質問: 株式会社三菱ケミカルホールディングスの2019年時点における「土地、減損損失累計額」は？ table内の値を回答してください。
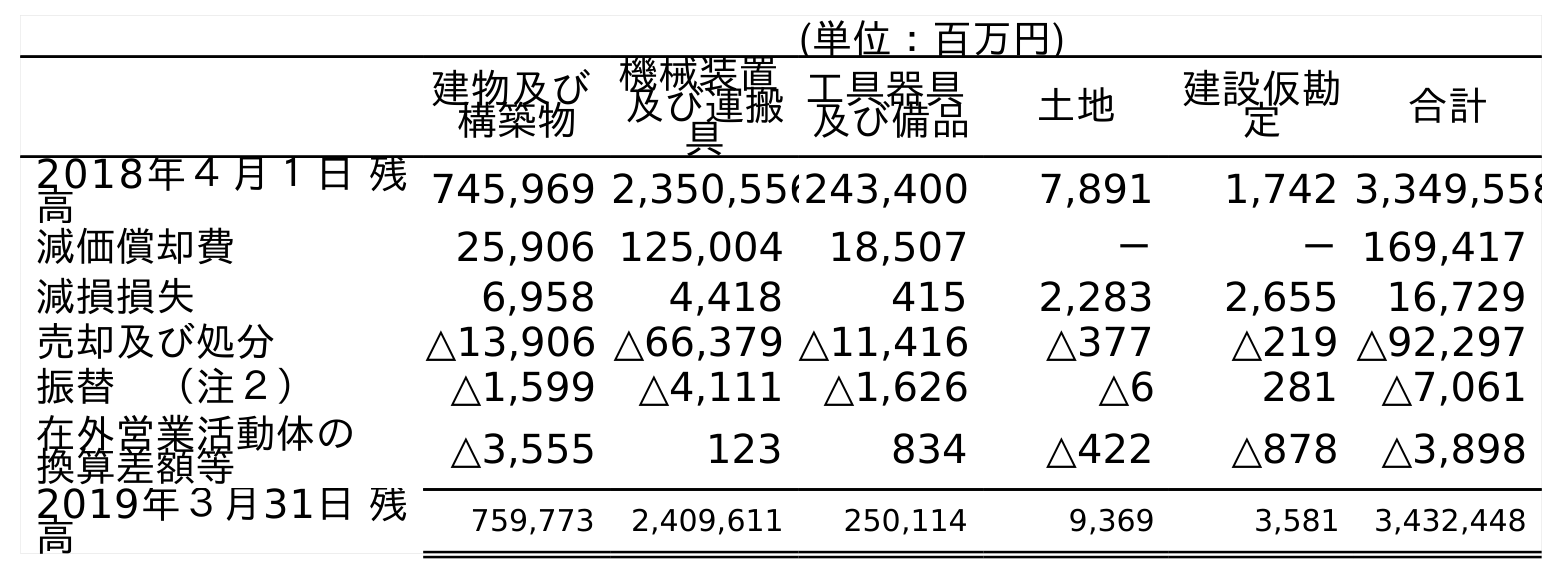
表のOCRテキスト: (単位：百万円) 建物及び 構築物 機械装置 及び運搬 具 工具器具 及び備品 土地 建設仮勘 定 合計 2018年４月１日 残 高 745,969 2,350,556243,400 7,891 1,742 3,349,558 減価償却費 25,906 125,004 18,507 － －169,417 減損損失 6,958 4,418 415 2,283 2,655 16,729 売却及び処分 △13,906 △66,379 △11,416 △377 △219 △92,297 振替 （注２） △1,599 △4,111 △1,626 △6 281 △7,061 在外営業活動体の 換算差額等 △3,555 123 834 △422 △878 △3,898 2019年３月31日 残 高 759,773 2,409,611 250,114 9,369 3,581 3,432,448
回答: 9,369